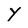
Character: Y